65_HS1-834228961_62-HQ-83894_Serial_153
Agency: FBI
Page 4
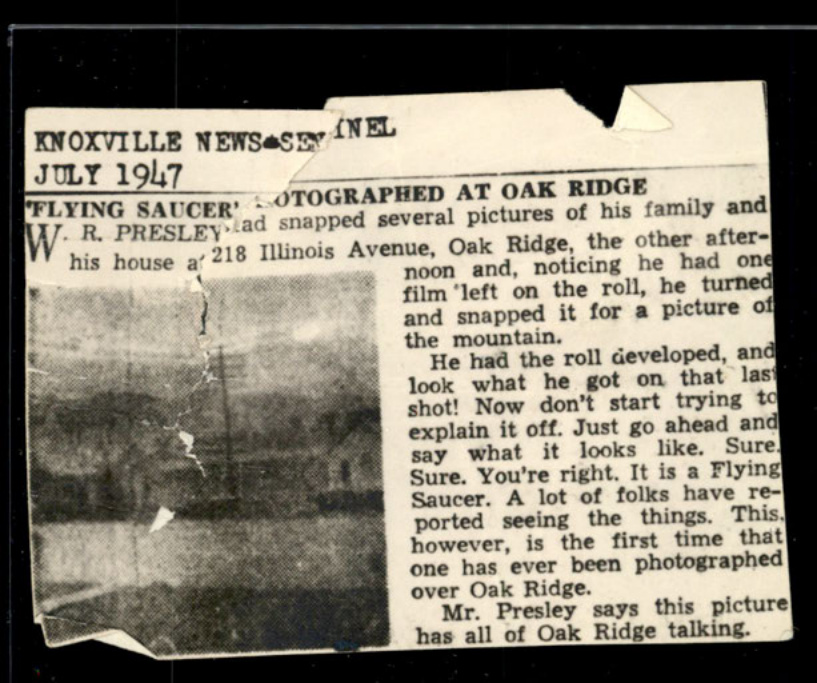